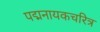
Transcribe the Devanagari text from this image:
पद्मनायकचरित्र